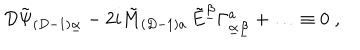
{ \cal D } \tilde { \Psi } _ { ( D - 1 ) \underline { { { \alpha } } } } - 2 i \tilde { M } _ { ( D - 1 ) a } \, \tilde { E } ^ { \underline { { { \beta } } } } \Gamma _ { \underline { { { \alpha } } } \underline { { { \beta } } } } ^ { a } + \ldots \equiv 0 \; ,